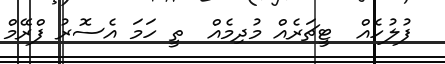
ފުލުހެއް  ޓީޗަރެއް މުދިމެއް  ތީ ހަމަ އެސޮރު ފްރޭމް